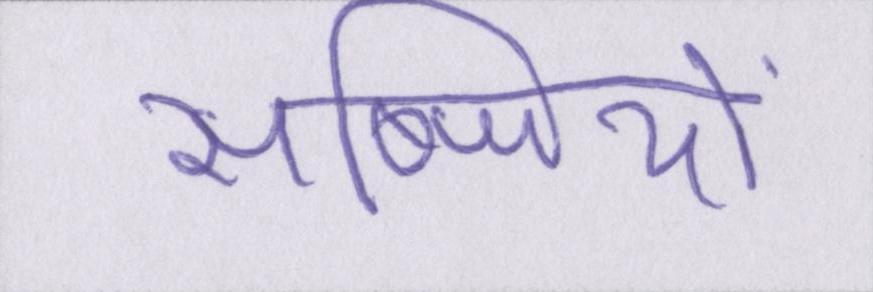
सब्जियों